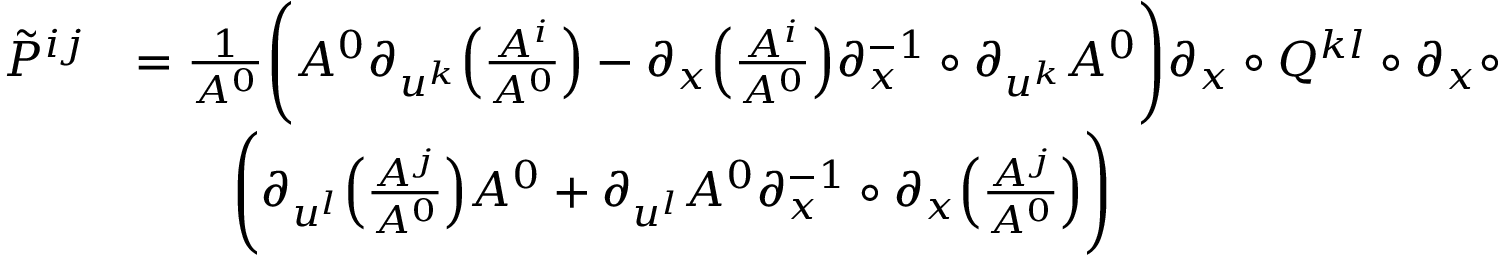
\begin{array} { r l } { \tilde { P } ^ { i j } } & { = \frac 1 { A ^ { 0 } } \Bigg ( A ^ { 0 } { \partial } _ { u ^ { k } } \Big ( \frac { A ^ { i } } { A ^ { 0 } } \Big ) - { \partial } _ { x } \Big ( \frac { A ^ { i } } { A ^ { 0 } } \Big ) { \partial } _ { x } ^ { - 1 } \circ { \partial } _ { u ^ { k } } A ^ { 0 } \Bigg ) { \partial } _ { x } \circ Q ^ { k l } \circ { \partial } _ { x } \circ } \\ & { \qquad \Bigg ( { \partial } _ { u ^ { l } } \Big ( \frac { A ^ { j } } { A ^ { 0 } } \Big ) A ^ { 0 } + { \partial } _ { u ^ { l } } A ^ { 0 } { \partial } _ { x } ^ { - 1 } \circ { \partial } _ { x } \Big ( \frac { A ^ { j } } { A ^ { 0 } } \Big ) \Bigg ) } \end{array}